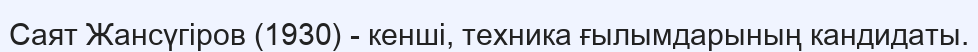
Саят Жансүгіров (1930) - кенші, техника ғылымдарының кандидаты.